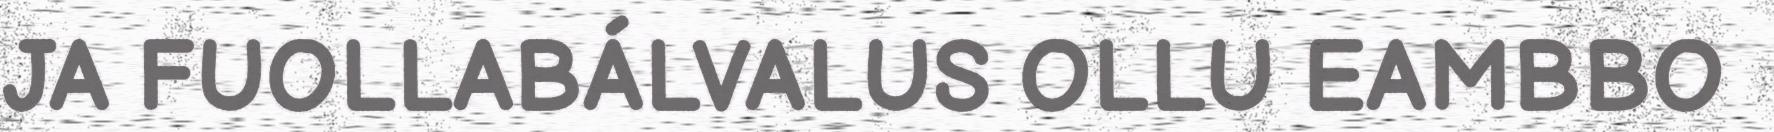
JA FUOLLABÁLVALUS OLLU EAMBBO